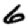
Digit: 6